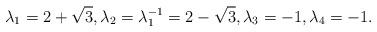
LaTeX: \begin{align*}\lambda_1 = 2 + \sqrt3,\lambda_2 = \lambda_1^{-1} = 2 - \sqrt3,\lambda_3 = -1,\lambda_4 = -1.\end{align*}